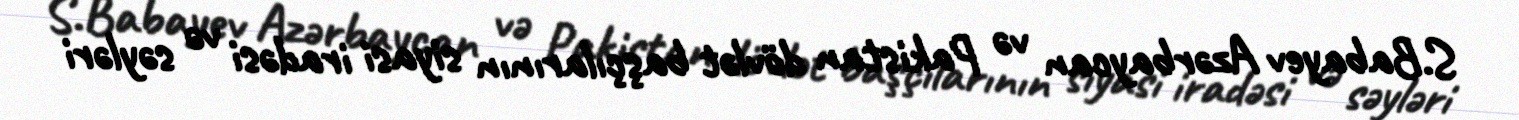
S.Babayev Azərbaycan və Pakistan dövlət başçılarının siyasi iradəsi və səyləri